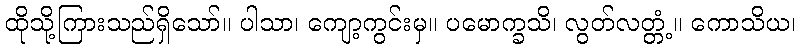
ထိုသို့ကြားသည်ရှိသော်။ ပါသာ၊ ကျော့ကွင်းမှ။ ပမောက္ခသိ၊ လွတ်လတ္တံ့။ ကောသိယ၊